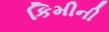
કિમીની